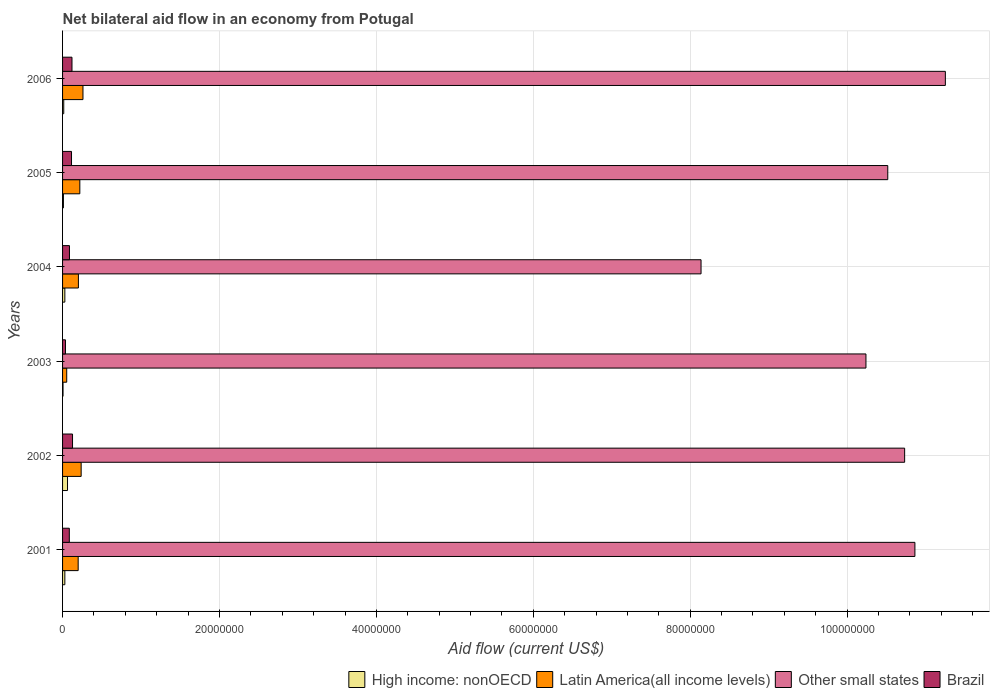
| Years | High income: nonOECD | Latin America(all income levels) | Other small states | Brazil |
 | --- | --- | --- | --- | --- |
 | 2001 | 2.9e+05 | 1.99e+06 | 1.09e+08 | 8.6e+05 |
 | 2002 | 6.3e+05 | 2.37e+06 | 1.07e+08 | 1.27e+06 |
 | 2003 | 6e+04 | 5.3e+05 | 1.02e+08 | 3.7e+05 |
 | 2004 | 2.9e+05 | 2.02e+06 | 8.14e+07 | 8.8e+05 |
 | 2005 | 1.1e+05 | 2.2e+06 | 1.05e+08 | 1.14e+06 |
 | 2006 | 1.5e+05 | 2.6e+06 | 1.13e+08 | 1.2e+06 |